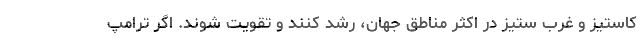
کاستیز و غرب ستیز در اکثر مناطق جهان، رشد کنند و تقویت شوند. اگر ترامپ